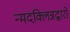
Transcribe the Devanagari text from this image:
न्मदक्लिन्नद्वारो